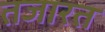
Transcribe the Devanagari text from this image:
तजारत